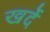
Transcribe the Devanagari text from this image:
खर्दे